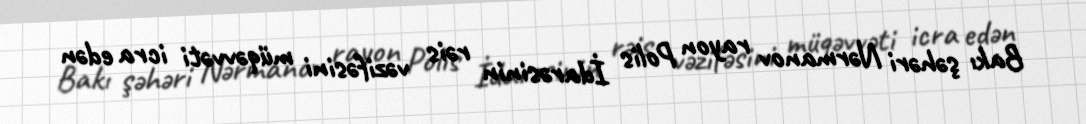
Bakı şəhəri Nərmanov rayon Polis İdarəsinin rəis vəzifəsini müqəvvəti icra edən